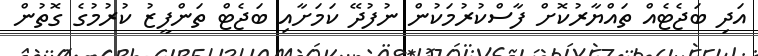
އަދި ބަޖެޓެއް ތައްޔާރުކޮށް ފާސްކުރުމަކުން ނުފުދޭ ކަމަށާއި ބަޖެޓް ތަންފީޒު ކުރުމުގެ ގޮތުން